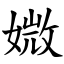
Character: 媺